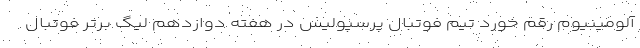
آلومینیوم رقم خورد تیم فوتبال پرسپولیس در هفته دوازدهم لیگ برتر فوتبال